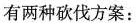
有两种砍伐方案：